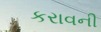
કરાવની